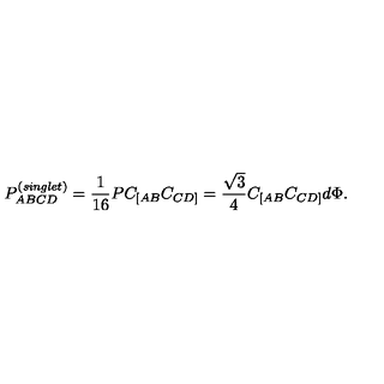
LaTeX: P _ { A B C D } ^ { \left( { \it s i n g l e t } \right) } = { \frac { 1 } { 1 6 } } P C _ { [ A B } C _ { C D ] } = { \frac { \sqrt { 3 } } { 4 } } C _ { [ A B } C _ { C D ] } d \Phi .